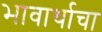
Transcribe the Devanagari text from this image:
भावार्थाचा